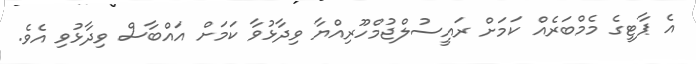
އެ ޕާޓީގެ މެމްބަރެއް ކަމަށް ރައީސުލްޖުމްހޫރިއްޔާ ވިދާޅުވާ ކަމަށް އައްބާސް ވިދާޅުވި އެވެ.